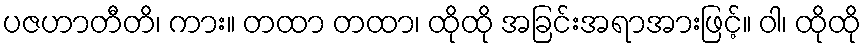
ပဇဟာတီတိ၊ ကား။ တထာ တထာ၊ ထိုထို အခြင်းအရာအားဖြင့်။ ဝါ၊ ထိုထို